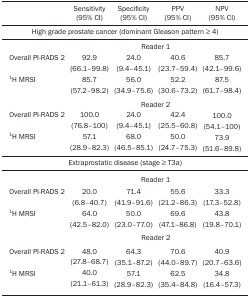
|  | Sensitivity (95% CI) | Specificity (95% CI) | PPV (95% CI) | NPV (95% CI) |
 | --- | --- | --- | --- | --- |
 | <COLSPAN=5> Highgrade prostate cancer (dominant Gleason pattern ≥ 4) |
 |  |  | <COLSPAN=2> Reader 1 |  |
 | Overall PI-RADS 2 | 92.9 (66.1-99.8) | 24.0 (9.4-45.1) | 40.6 (23.7-59.4) | 85.7 (42.1-99.6) |
 | 1H MRSI | 85.7 (57.2-98.2) | 56.0 (34.9-75.6) | 52.2 (30.6-73.2) | 87.5 (61.7-98.4) |
 |  |  | <COLSPAN=2> Reader 2 |  |
 | Overall PI-RADS 2 | 100.0 (76.8-100) | 24.0 (9.4-45.1) | 42.4 (25.5-60.8) | 100.0 (54.1-100) |
 | 1H MRSI | 57.1 (28.9-82.3) | 68.0 (46.5-85.1) | 50.0 (24.7-75.3) | 73.9 (51.6-89.8) |
 | <COLSPAN=5> Extraprostatic disease (stage ≥ T3a) |
 |  |  | <COLSPAN=2> Reader 1 |  |
 | Overall PI-RADS 2 | 20.0 (6.8-40.7) | 71.4 (41.9-91.6) | 55.6 (21.2-86.3) | 33.3 (17.3-52.8) |
 | 1H MRSI | 64.0 (42.5-82.0) | 50.0 (23.0-77.0) | 69.6 (47.1-86.8) | 43.8 (19.8-70.1) |
 |  |  | <COLSPAN=2> Reader 2 |  |
 | Overall PI-RADS 2 | 48.0 (27.8-68.7) | 64.3 (35.1-87.2) | 70.6 (44.0-89.7) | 40.9 (20.7-63.6) |
 | 1H MRSI | 40.0 (21.1-61.3) | 57.1 (28.9-82.3) | 62.5 (35.4-84.8) | 34.8 (16.4-57.3) |